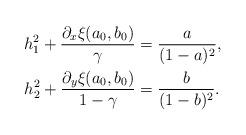
LaTeX: \begin{align*}h_1^2+\frac{\partial_x\xi(a_0,b_0)}{\gamma}&=\frac{a}{(1-a)^2},\\h_2^2+\frac{\partial_y\xi(a_0,b_0)}{1-\gamma}&=\frac{b}{(1-b)^2}.\end{align*}